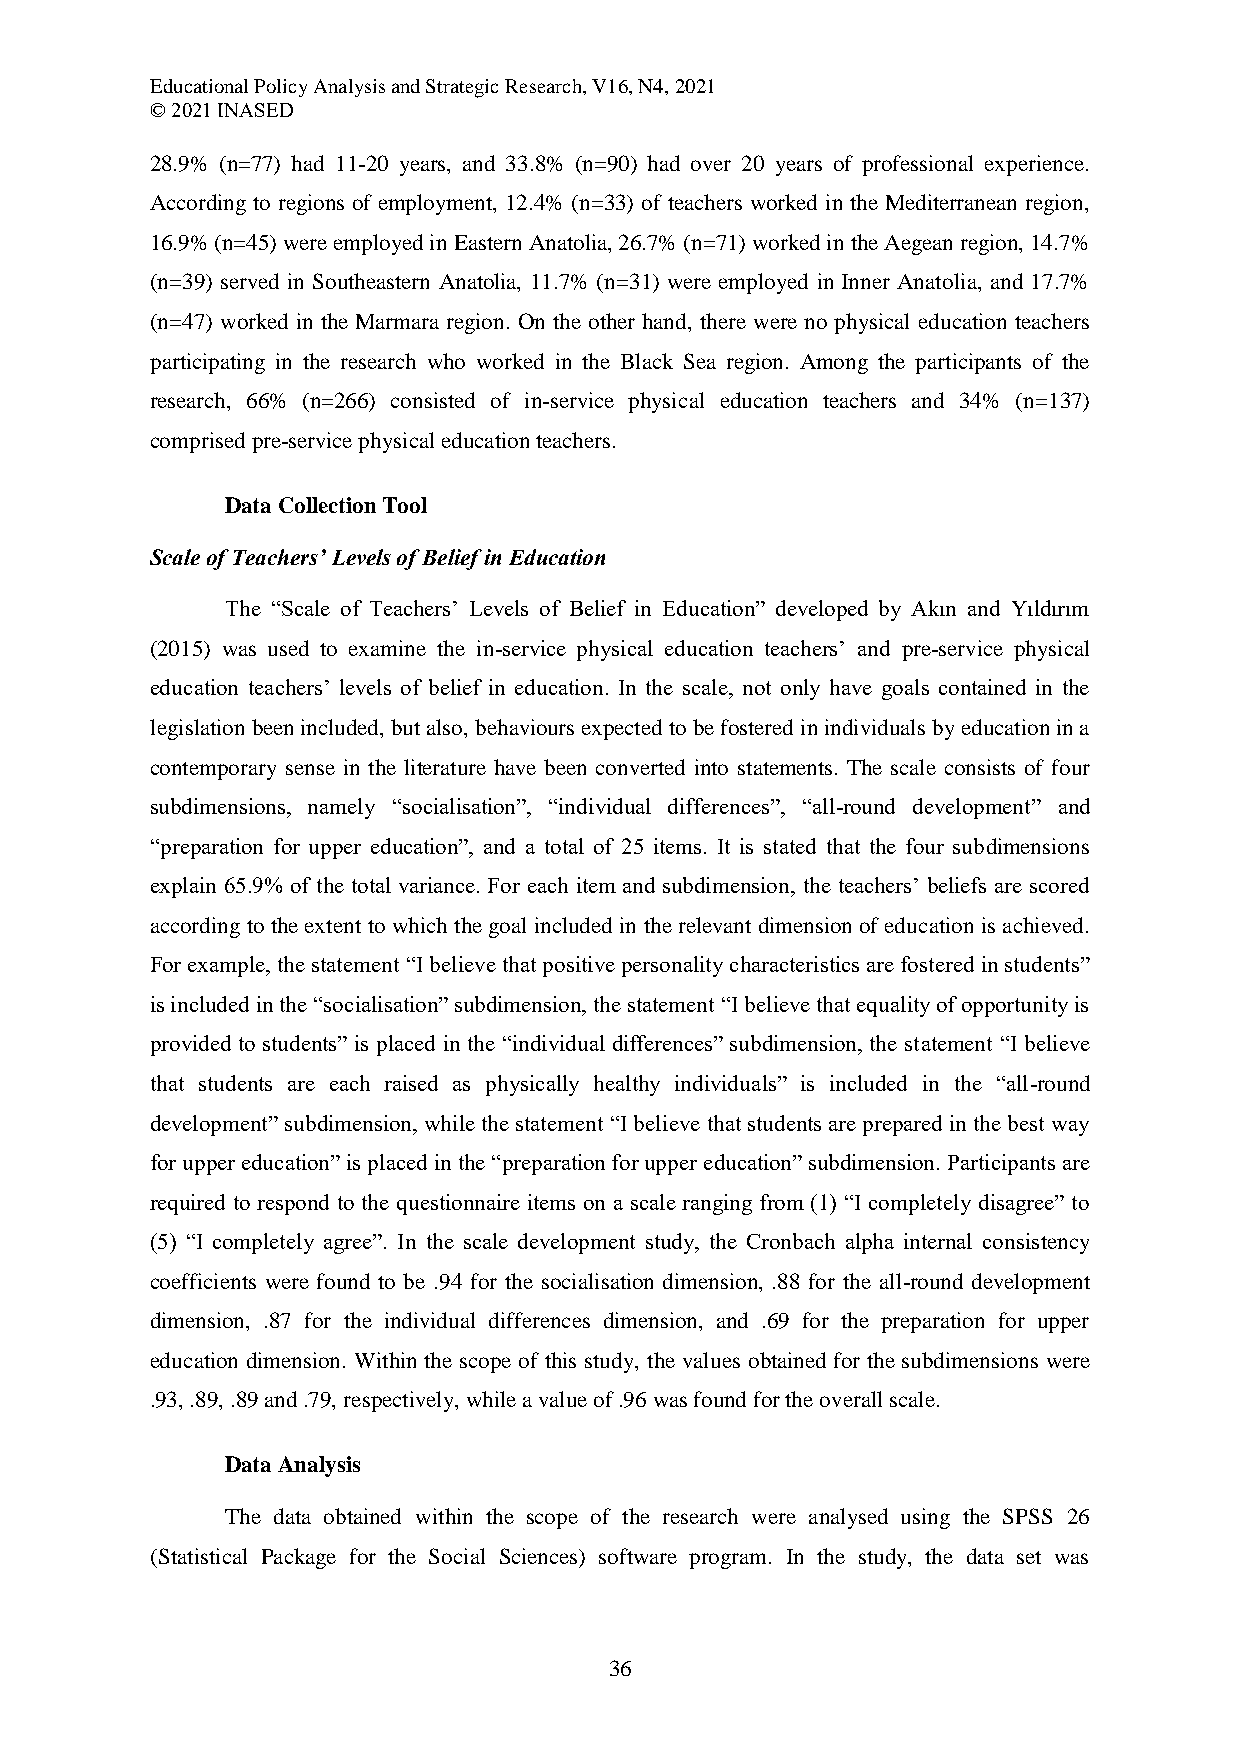
Educational Policy Analysis and Strategic Research, V16, N4, 2021
 © 2021 INASED
 28.9% (n=77) had 11-20 years, and 33.8% (n=90) had over 20 years of professional experience.
 According to regions of employment, 12.4% (n=33) of teachers worked in the Mediterranean region,
 16.9% (n=45) were employed in Eastern Anatolia, 26.7% (n=71) worked in the Aegean region, 14.7%
 (n=39) served in Southeastern Anatolia, 11.7% (n=31) were employed in Inner Anatolia, and 17.7%
 (n=47) worked in the Marmara region. On the other hand, there were no physical education teachers
 participating in the research who worked in the Black Sea region. Among the participants of the
 research, 66% (n=266) consisted of in-service physical education teachers and 34% (n=137)
 comprised pre-service physical education teachers.
 Data Collection Tool
 Scale of Teachers’ Levels of Belief in Education
 The “Scale of Teachers’ Levels of Belief in Education” developed by Akın and Yıldırım
 (2015) was used to examine the in-service physical education teachers’ and pre-service physical
 education teachers’ levels of belief in education. In the scale, not only have goals contained in the
 legislation been included, but also, behaviours expected to be fostered in individuals by education in a
 contemporary sense in the literature have been converted into statements. The scale consists of four
 subdimensions, namely “socialisation”, “individual differences”, “all-round development” and
 “preparation for upper education”, and a total of 25 items. It is stated that the four subdimensions
 explain 65.9% of the total variance. For each item and subdimension, the teachers’ beliefs are scored
 according to the extent to which the goal included in the relevant dimension of education is achieved.
 For example, the statement “I believe that positive personality characteristics are fostered in students”
 is included in the “socialisation” subdimension, the statement “I believe that equality of opportunity is
 provided to students” is placed in the “individual differences” subdimension, the statement “I believe
 that students are each raised as physically healthy individuals” is included in the “all-round
 development” subdimension, while the statement “I believe that students are prepared in the best way
 for upper education” is placed in the “preparation for upper education” subdimension. Participants are
 required to respond to the questionnaire items on a scale ranging from (1) “I completely disagree” to
 (5) “I completely agree”. In the scale development study, the Cronbach alpha internal consistency
 coefficients were found to be .94 for the socialisation dimension, .88 for the all-round development
 dimension, .87 for the individual differences dimension, and .69 for the preparation for upper
 education dimension. Within the scope of this study, the values obtained for the subdimensions were
 .93, .89, .89 and .79, respectively, while a value of .96 was found for the overall scale.
 Data Analysis
 The data obtained within the scope of the research were analysed using the SPSS 26
 (Statistical Package for the Social Sciences) software program. In the study, the data set was
 36